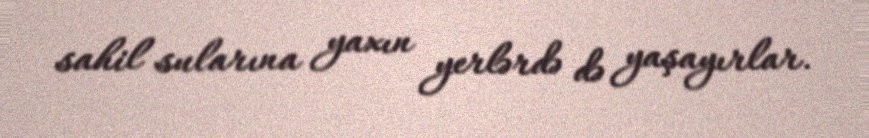
sahil sularına yaxın yerlərdə də yaşayırlar.